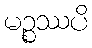
မဉ္စဿပိ